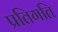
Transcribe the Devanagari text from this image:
प्रतिगति